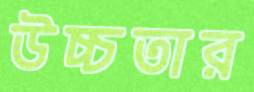
উচ্চতার